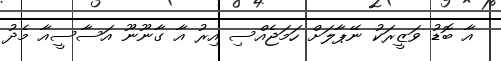
އާ ބޮޑު ވަޒީރަކު ނޭޕާލަށް ހަމަޖެއްސި އިރު އާ ގާނޫނޫ އަސާސީއާ މެދު